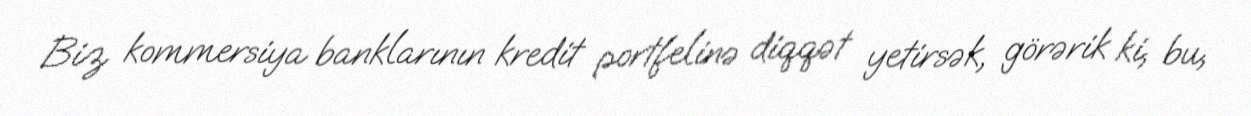
Biz kommersiya banklarının kredit portfelinə diqqət yetirsək, görərik ki, bu,